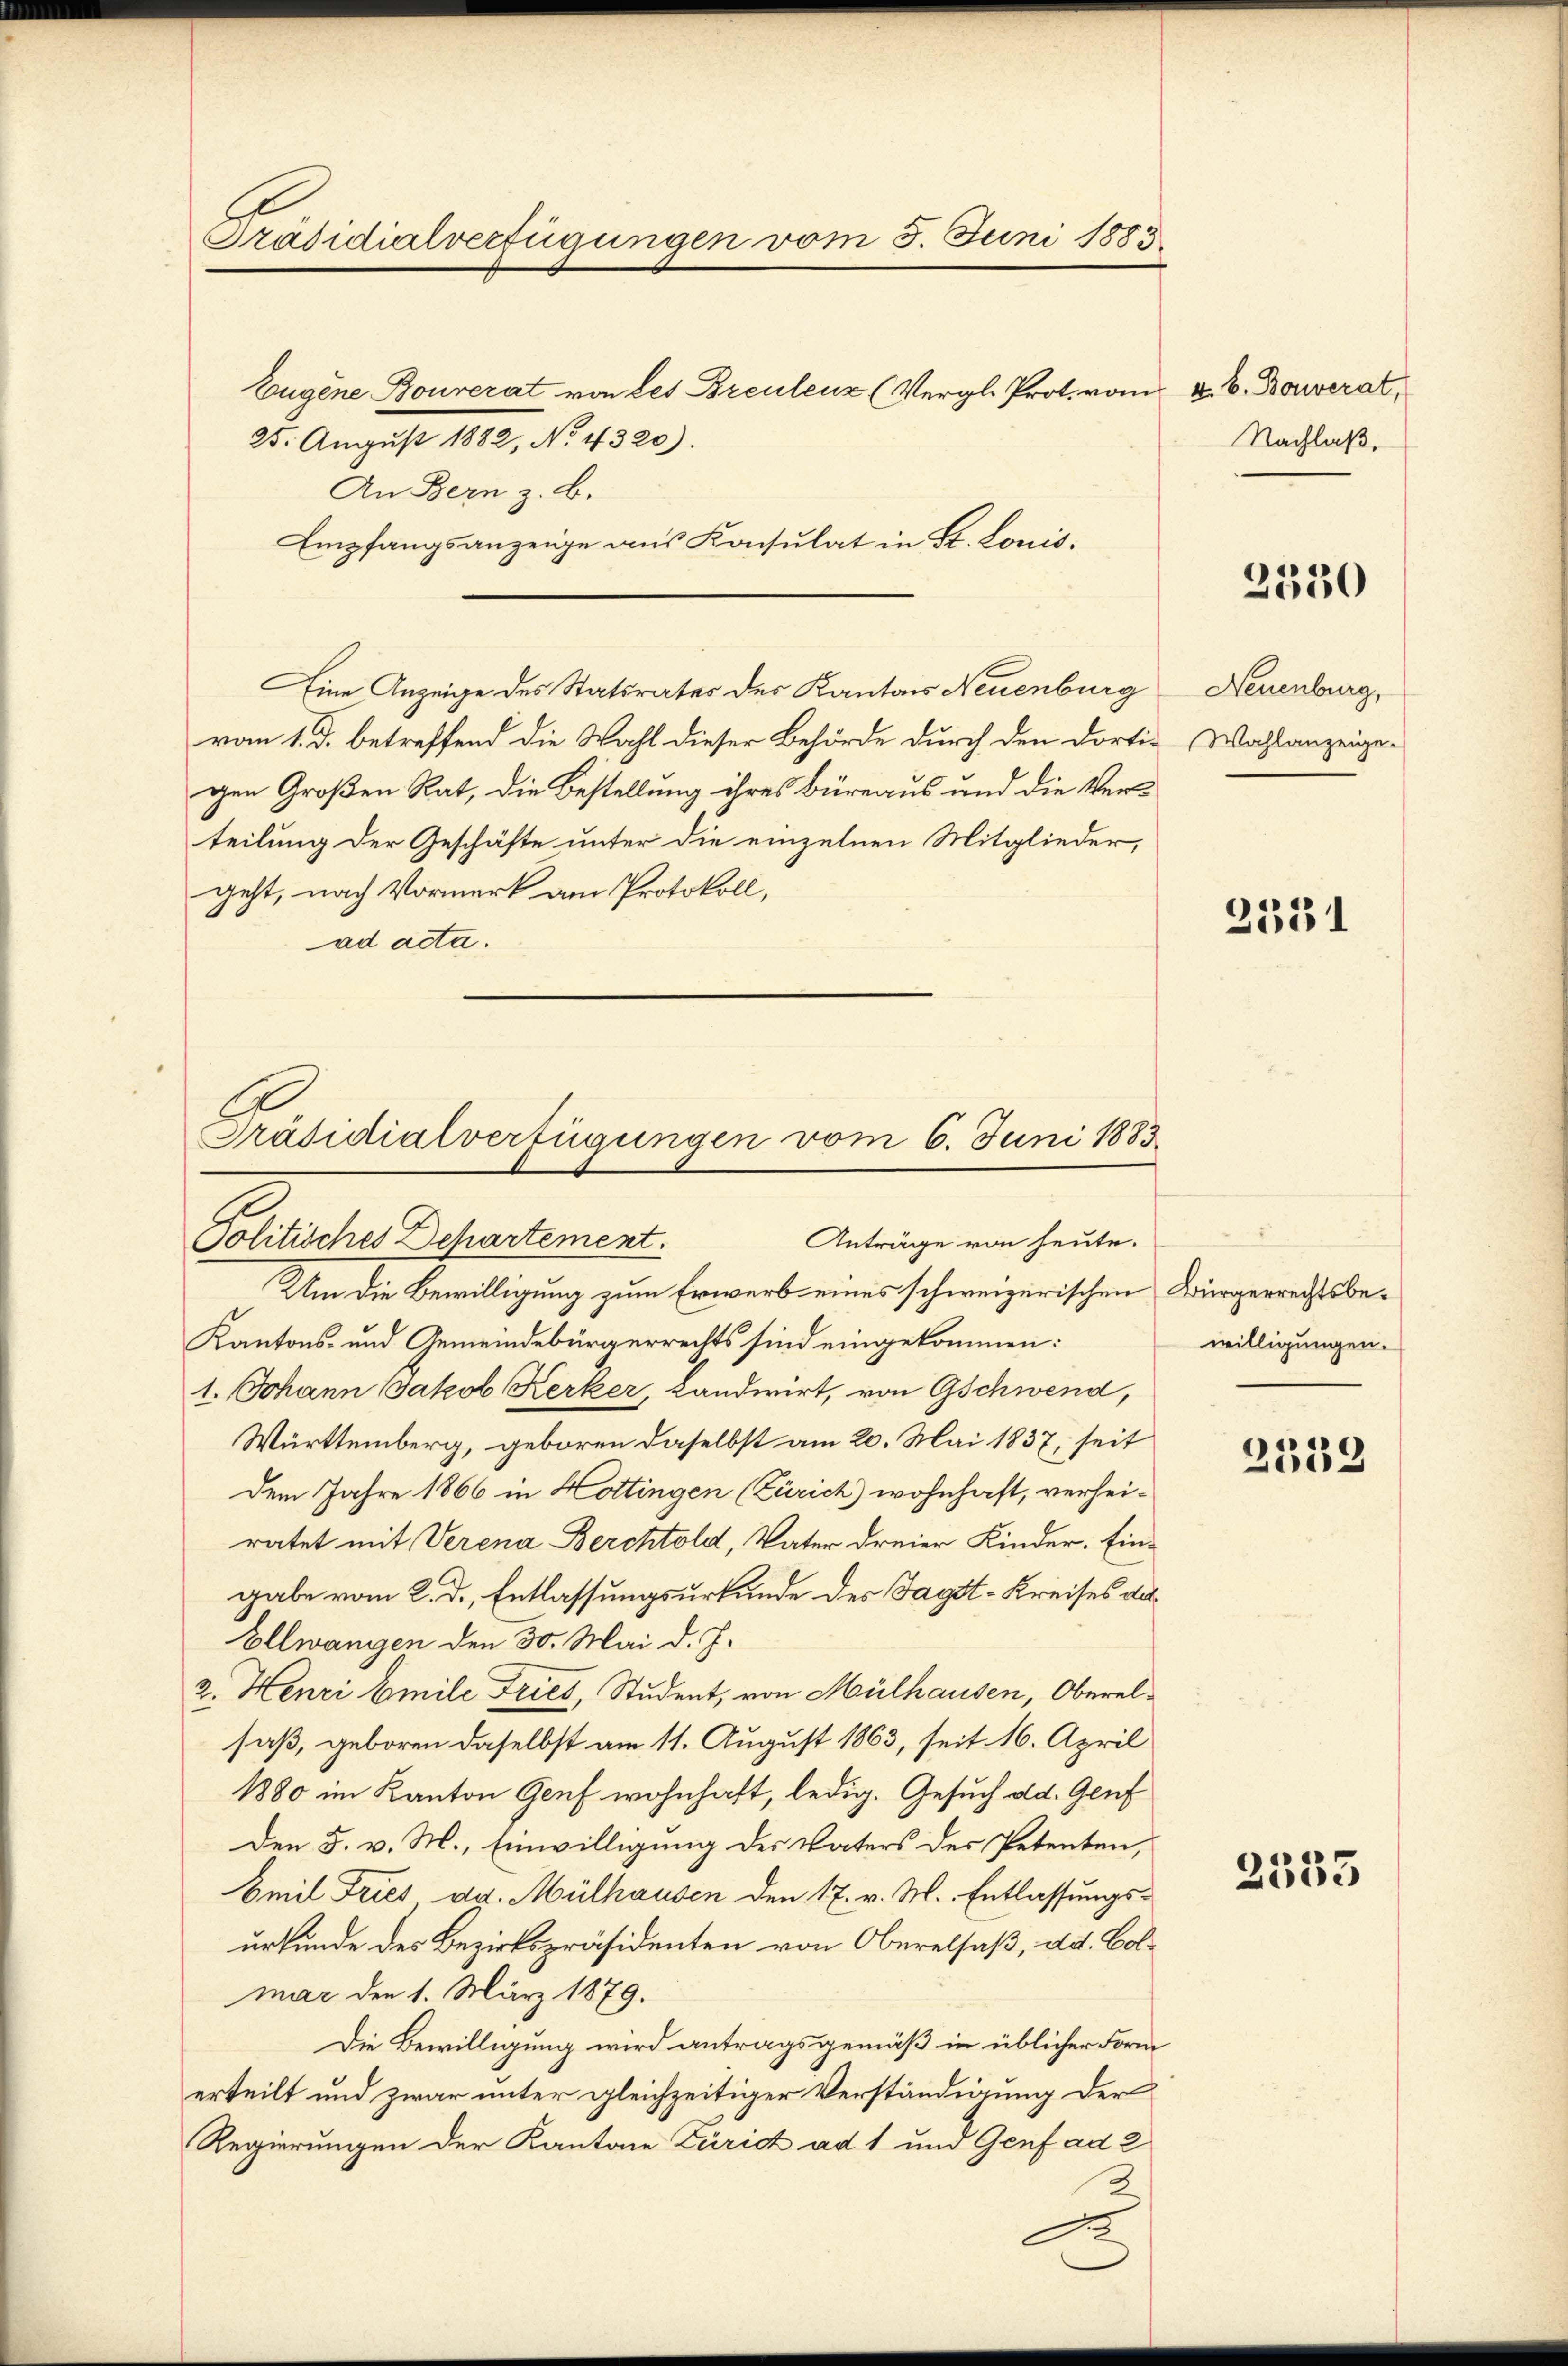
Präsidialverfügungen vom 5. Juni 1883.
Eugene Bouverat von des Breulenz (Vergl. Prot. vom 4. b. Dowerat,
25. August 1882, No. 4320).

vom 1. d. betreffend die Wahl dieser Behörde durch den dortigen Großen Rat, die Bestellung ihres Büreaus und die Verteilung der Geschäfte unter die einzelnen Mitglieder,
geht, nach Vormerk am Protokoll,
ad acta.

An Bern z. B.
Empfangsanzeige aus Konsulat in St. Louis.
Eine Anzeige des Statsrates des Kantons Neuenburg

Präsidialverfügungen vom 6. Juni 1883.
Anträge von heute.
Politisches Departement.

Um die Bewilligung zum Erwerb eines schweizerischen Bürgerrechtsbe¬
Kantons- und Gemeindebürgerrechts sind eingekommen:
1. Johann Jakob Kerker, Landwirt, von Gschwend,
Württemberg, geboren daselbst am 20. Mai 1837, seit
Dem Jahre 1866 in Hottingen (Zürich) wohnhaft, verheiratet mit Verena Berchtold, Vater dreier Kinder. Eingabe vom 2. d. Entlassungsurkunde des Tagst-Kreises da¬
Ellwangen den 30. Mai d. J.
2. Henri Emile Tries, Student, von Mülhausen, Oberalsaß, geboren daselbst am 11. August 1863, seit 16. April
1880 im Kanton Genf wohnhaft, ledig. Gesuch ad. Genf
Den 5. v. M., Einwilligung des Vaters der Petenten,
Emil Fries da. Mülhausen den 17. v. M. Entlassungsurkunde des Bezirkspräsidenten von Oberelsaß, dd. Colmar den 1. März 1879.
Die Bewilligung wird antragsgemäß in üblicher Form
erteilt und zwar unter gleichzeitiger Verständigung der
Regierungen der Kantone Zürich ad 1 und Genf ad 2
2
.

Nachlaß,

2330

Neuenburg,
Wahlanzeige.

2531

willigungen.

2339

2335